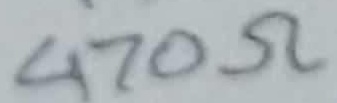
Text: 470Ω